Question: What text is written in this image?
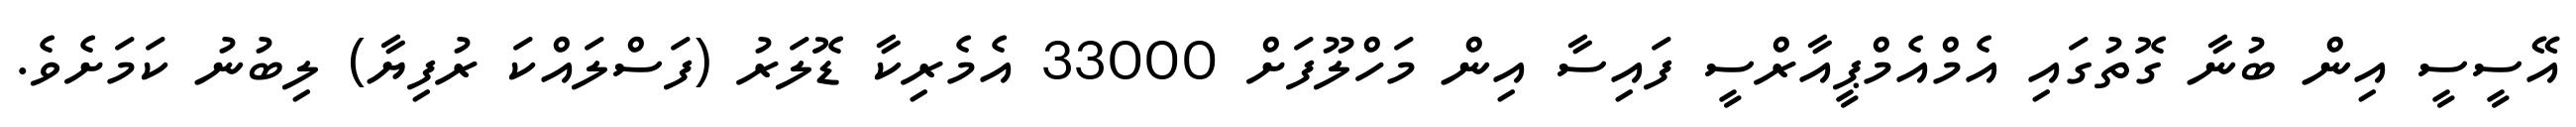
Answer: އޭސީސީ އިން ބުނާ ގޮތުގައި އެމްއެމްޕީއާރްސީ ފައިސާ އިން މަހްލޫފަށް 33000 އެމެރިކާ ޑޮލަރު (ފަސްލައްކަ ރުފިޔާ) ލިބުނު ކަމަށެވެ.